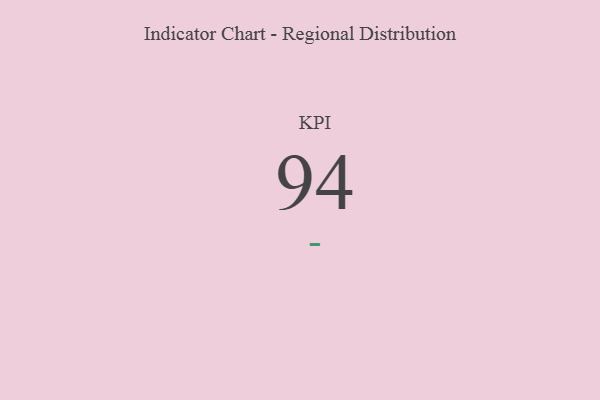
{"axis": {"x": "KPI", "y": "Value"}, "legend": [""], "data": [{"x": "KPI", "y": 94, "type": ""}]}